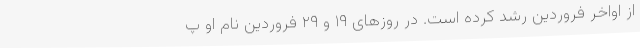
از اواخر فروردین رشد کرده است. در روزهای ۱۹ و ۲۹ فروردین نام او پ